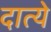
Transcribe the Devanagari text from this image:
दात्ये